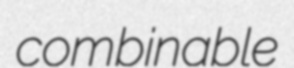
combinable